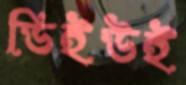
ডিইউই